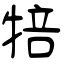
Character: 犃